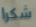
شكرا